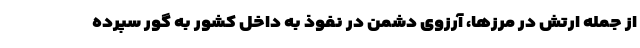
از جمله ارتش در مرزها، آرزوی دشمن در نفوذ به داخل کشور به گور سپرده